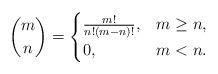
LaTeX: \begin{align*} \binom{m}{n} = \begin{cases}\frac{m!}{n!(m-n)!}, & m \geq n, \\ 0 , & m < n . \end{cases}\end{align*}